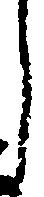
し